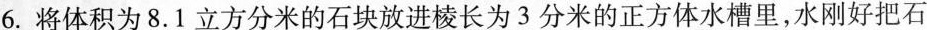
6.将体积为8.1立方分米的石块放进棱长为3分米的正方体水槽里，水刚好把石